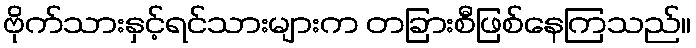
ဗိုက်သားနှင့်ရင်သားများက တခြားစီဖြစ်နေကြသည်။